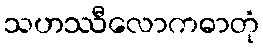
သဟဿီလောကဓာတုံ